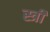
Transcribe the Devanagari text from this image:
स्त्री